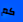
كم